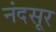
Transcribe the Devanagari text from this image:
नंदसूर